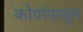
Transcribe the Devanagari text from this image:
कोषांपासुन